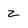
Character: z